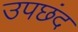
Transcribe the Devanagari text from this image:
उपछंद